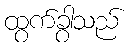
ထွက်ခွာသည်